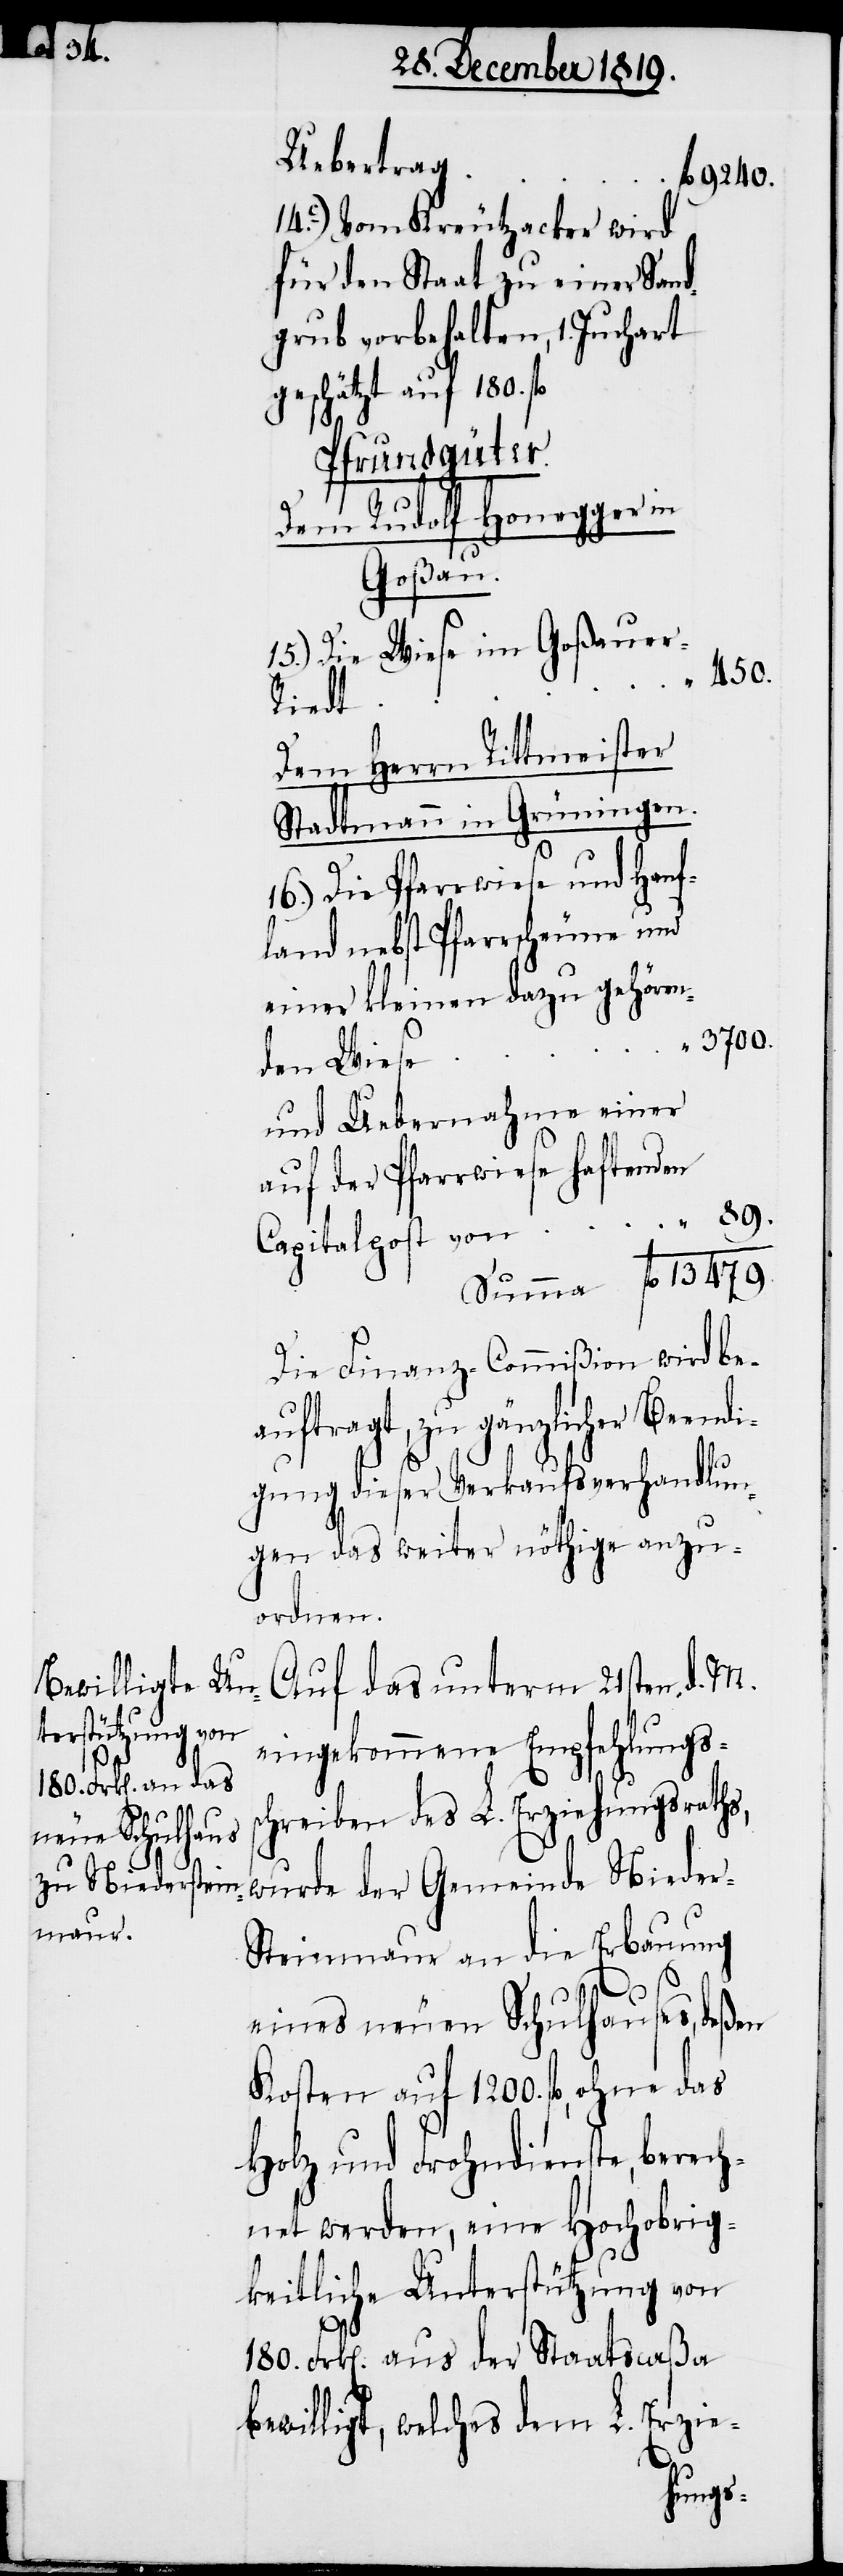
Uebertrag
fl. 13479.
14c) Vom Kreutzacker wird
für den Staat zu einer Sand¬
grub vorbehalten, 1. Juchart
geschätzt auf 180.
Pfrundgüter.
Dem Rudolf Honegger in
Goßau.
15.) Die Wiese im Goßauer-R¬
450.
Beendi¬
Dem Herrn Rittmeister
Stadtmann in Grüningen.
Die Pfarrwiese und Hanf¬
land nebst Pfarrscheune und
einer kleinen dazu gehören¬
3700.
den Wiese
und Uebernahme einer
auf der Pfarrwiese haftenden
Die Finanz-Commißion wird bea¬
uftragt, zu gänzlicher
gung dieser Verkaufsverhandlun¬
gen das weiter nöthige anzu¬
ordnen.
Auf das unterm 21sten d. M.
eingekommene Empfehlungss¬
chreiben des L. Erziehungsraths,
wurde der Gemeinde Niede¬
teinmaur an die Erbauung
eines neuen Schulhauses, deßen
Kosten auf 1200. fl., ohne das
Holz und Frohndienste, berech¬
net werden, eine Hochobrig¬
keitliche Unterstüzung von
180. Frk[en]. aus der Staatscaßa b¬
ewilligt, welches dem L. Erzie-
r-S¬